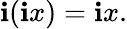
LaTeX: \mathbf{i}(\mathbf{i}x)=\mathbf{i}x.